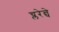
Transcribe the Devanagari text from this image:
च्लरेन्चे